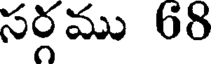
సర్గము 68